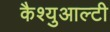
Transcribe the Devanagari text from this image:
कैश्युआल्टी